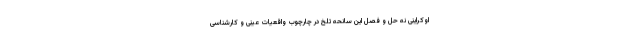
اوکراینی نه حل و فصل این سانحه تلخ در چارچوب واقعیات عینی و کارشناسی